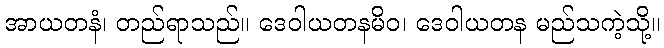
အာယတနံ၊ တည်ရာသည်။ ဒေဝါယတနမိဝ၊ ဒေဝါယတန မည်သကဲ့သို့။